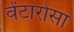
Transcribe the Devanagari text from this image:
वेंटारोसा